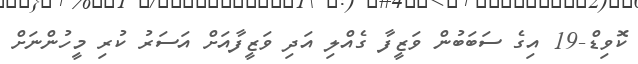
ކޮވިޑް-19 އިގެ ސަބަބުން ވަޒީފާ ގެއްލި އަދި ވަޒީފާއަށް އަސަރު ކުރި މީހުންނަށް